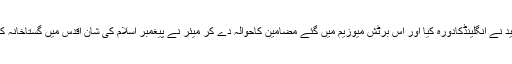
سال1870میں سرسید نے انگلینڈکادورہ کیا اور اس برٹش میوزیم میں گئے مضامین کاحوالہ دے کر میئر نے پیغمبر اسلام کی شان اقدس میں گستاخانہ کلامات ادا کئے تھے۔